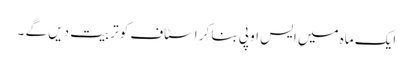
ایک ماہ میں ایس او پی بنا کر اسٹاف کو تربیت دیں گے ۔